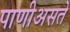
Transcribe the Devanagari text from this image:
पाणीअसते